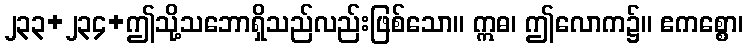
၂၃၃+၂၃၄+ဤသို့သဘောရှိသည်လည်းဖြစ်သော။ ဣဓ၊ ဤလောက၌။ ဧကစ္စော၊